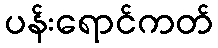
ပန်းရောင်ကတ်